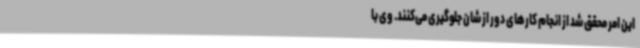
این امر محقق شد از انجام کارهای دور از شان جلوگیری می‌کنند. وی با